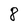
Character: 8